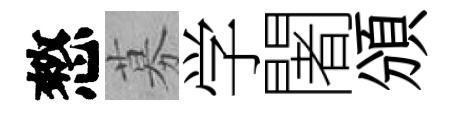
憗募学闍頒